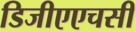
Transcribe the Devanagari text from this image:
डिजीएएचसी